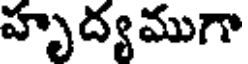
హృద్యముగా